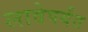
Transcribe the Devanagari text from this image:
लावेपर्यंत